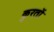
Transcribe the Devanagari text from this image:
कुरतों